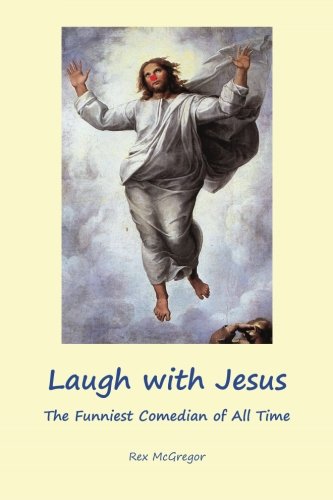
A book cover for Laugh with Jesus: The Funniest Comedian of All Time; Rex McGregor; Humor & Entertainment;